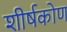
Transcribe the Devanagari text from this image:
शीर्षकोण